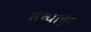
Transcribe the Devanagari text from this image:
तंच्यावूर